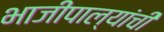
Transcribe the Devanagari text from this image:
भाजीपाल्यांची